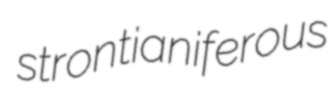
strontianiferous